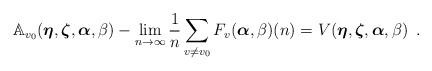
LaTeX: \begin{align*}\mathbb{A}_{v_0}(\boldsymbol{\eta},\boldsymbol{\zeta},\boldsymbol{\alpha},\beta)-\lim_{n\to \infty}\dfrac{1}{n}\sum_{v\neq v_0}{{F_v}}(\boldsymbol{\alpha},\beta)(n)=V(\boldsymbol{\eta},\boldsymbol{\zeta},\boldsymbol{\alpha},\beta)\enspace.\end{align*}